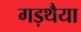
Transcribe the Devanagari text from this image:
गड़थैया